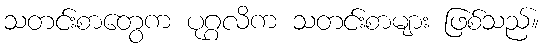
သတင်းစာတွေက ပုဂ္ဂလိက သတင်းစာများ ဖြစ်သည်။